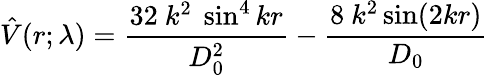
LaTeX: \hat{V}(r;\lambda)=\frac{32~k^{2}~\sin^{4}kr}{D_{0}^{2}}-\frac{8~k^{2}\sin(2kr)}{D_{0}}